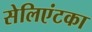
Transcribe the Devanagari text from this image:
सेलिएंटका